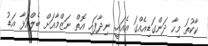
ކާކުތަ މިހާ ދަަންގަޑިއެއްގަ އެއައީ. ނިދާފައި އޮތް ނަޒްމާއަށް ބެލްއަޅާ އަޑު